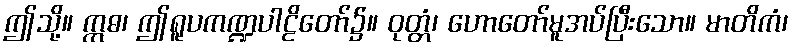
ဤသို့။ ဣဓ၊ ဤရူပကဏ္ဍပါဠိတော်၌။ ဝုတ္တံ၊ ဟောတော်မူအပ်ပြီးသော။ မာတိကံ၊